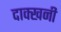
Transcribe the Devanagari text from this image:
दाक्खनी